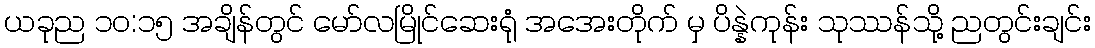
ယခုည ၁၀:၁၅ အချိန်တွင် မော်လမြိုင်ဆေးရုံ အအေးတိုက် မှ ပိန္နဲကုန်း သုဿန်သို့ ညတွင်းချင်း